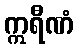
ဣရီဏံ